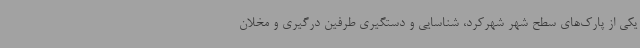
یکی از پارک‌های سطح شهر شهرکرد، شناسایی و دستگیری طرفین درگیری و مخلان